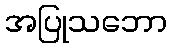
အပြုသဘော